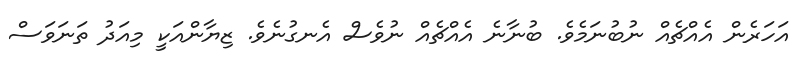
އަހަރެން އެއްޗެއް ނުބުނަމެވެ. ބުނާނެ އެއްޗެއް ނުވެސް އެނގުނެވެ. ޒިޔާންއަކީ މިއަދު ތަނަވަސް